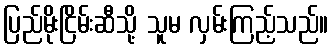
ပြည်မိုးငြိမ်းဆီသို့ သူမ လှမ်းကြည့်သည်။